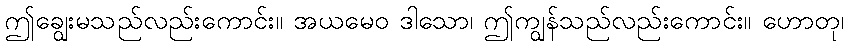
ဤချွေးမသည်လည်းကောင်း။ အယမေဝ ဒါသော၊ ဤကျွန်သည်လည်းကောင်း။ ဟောတု၊